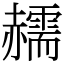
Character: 䞕